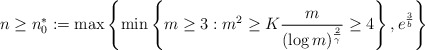
\begin{align*}n \geq n_0^* := \max \left\{ \min \left\{ m \geq 3 : m^2 \geq K \frac{m}{(\log m)^{\frac{2}{\gamma}}} \geq 4 \right\},e^{\frac{3}{b}} \right\}\end{align*}